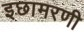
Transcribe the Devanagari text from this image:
इछामरणी